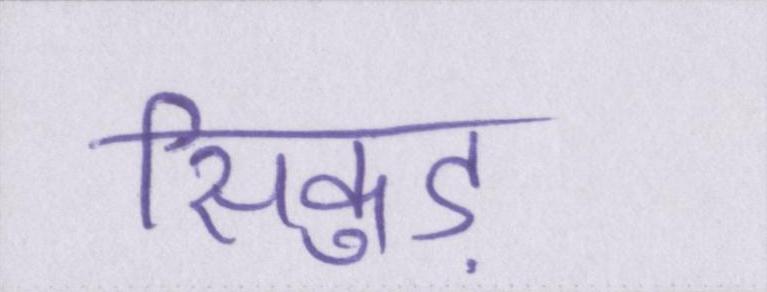
सिकुड़